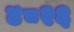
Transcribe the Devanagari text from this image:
४८२६